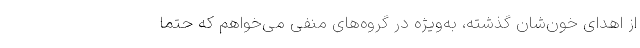
از اهدای خون‌شان گذشته، به‌ویژه در گروه‌های منفی می‌خواهم که حتما